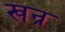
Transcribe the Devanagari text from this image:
खन्र